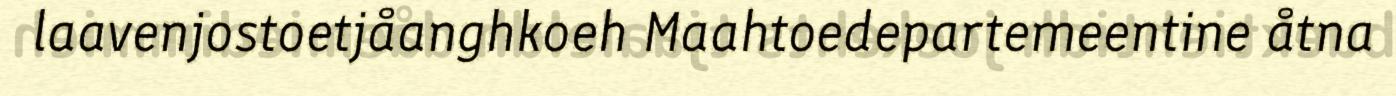
laavenjostoetjåanghkoeh Maahtoedepartemeentine åtna